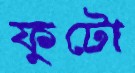
ফুটো